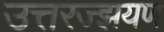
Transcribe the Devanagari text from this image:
उत्तरज्झयण